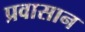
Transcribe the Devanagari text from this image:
प्रवासान